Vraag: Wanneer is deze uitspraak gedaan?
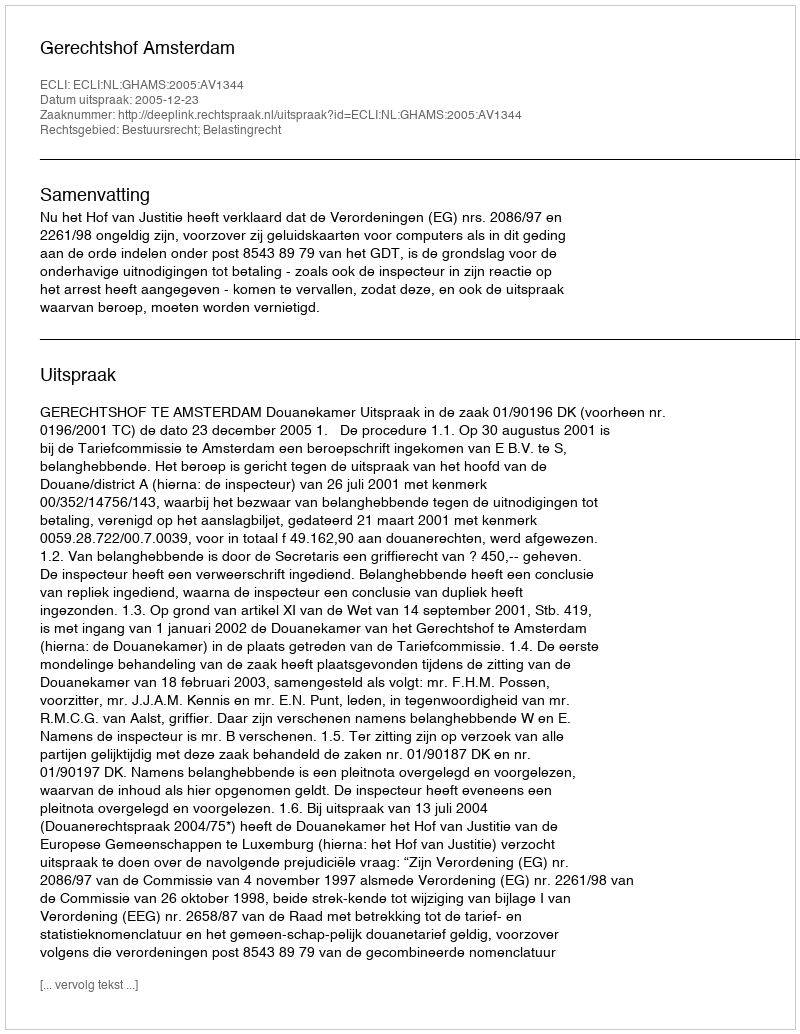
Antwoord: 2005-12-23